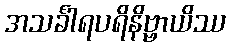
အသင်္ခါရပရိနိဗ္ဗာယိဿ